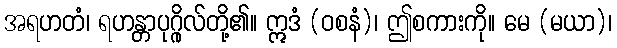
အရဟတံ၊ ရဟန္တာပုဂ္ဂိုလ်တို့၏။ ဣဒံ (ဝစနံ)၊ ဤစကားကို။ မေ (မယာ)၊